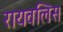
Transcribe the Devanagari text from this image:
रायवलिस